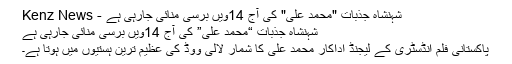
شہنشاہ جذبات "محمد علی" کی آج 14ویں برسی منائی جارہی ہے - Kenz News
شہنشاہ جذبات “محمد علی” کی آج 14ویں برسی منائی جارہی ہے
پاکستانی فلم انڈسٹری کے لیجنڈ اداکار محمد علی کا شمار لالی ووڈ کی عظیم ترین ہستیوں میں ہوتا ہے۔